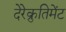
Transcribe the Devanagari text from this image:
देरेक्रुतिमेंट